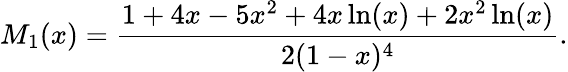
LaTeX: M_{1}(x)=\frac{1+4x-5x^{2}+4x\ln(x)+2x^{2}\ln(x)}{2(1-x)^{4}}.